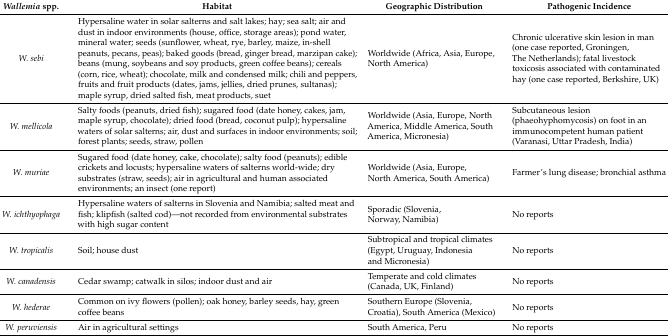
| Wallemia spp. | Habitat | Geographic Distribution | Pathogenic Incidence |
 | --- | --- | --- | --- |
 | W. sebi | Hypersaline water in solar salterns and salt lakes; hay; sea salt; air and dust in indoor environments (house, office, storage areas); pond water, mineral water; seeds (sunflower, wheat, rye, barley, maize, in-shell peanuts, pecans, peas); baked goods (bread, ginger bread, marzipan cake); beans (mung, soybeans and soy products, green coffee beans); cereals (corn, rice, wheat); chocolate, milk and condensed milk; chili and peppers, fruits and fruit products (dates, jams, jellies, dried prunes, sultanas); maple syrup, dried salted fish, meat products, suet | Worldwide (Africa, Asia, Europe, North America) | Chronic ulcerative skin lesion in man (one case reported, Groningen, The Netherlands); fatal livestock toxicosis associated with contaminated hay (one case reported, Berkshire, UK) |
 | W. mellicola | Salty foods (peanuts, dried fish); sugared food (date honey, cakes, jam, maple syrup, chocolate); dried food (bread, coconut pulp); hypersaline waters of solar salterns; air, dust and surfaces in indoor environments; soil; forest plants; seeds, straw, pollen | Worldwide (Asia, Europe, North America, Middle America, South America, Micronesia) | Subcutaneous lesion (phaeohyphomycosis) on foot in an immunocompetent human patient (Varanasi, Uttar Pradesh, India) |
 | W. muriae | Sugared food (date honey, cake, chocolate); salty food (peanuts); edible crickets and locusts; hypersaline waters of salterns world-wide; dry substrates (straw, seeds); air in agricultural and human associated environments; an insect (one report) | Worldwide (Asia, Europe, North America, South America) | Farmer’s lung disease; bronchial asthma |
 | W. ichthyophaga | Hypersaline waters of salterns in Slovenia and Namibia; salted meat and fish; klipfish (salted cod)—not recorded from environmental substrates with high sugar content | Sporadic (Slovenia, Norway, Namibia) | No reports |
 | W. tropicalis | Soil; house dust | Subtropical and tropical climates (Egypt, Uruguay, Indonesia and Micronesia) | No reports |
 | W. canadensis | Cedar swamp; catwalk in silos; indoor dust and air | Temperate and cold climates (Canada, UK, Finland) | No reports |
 | W. hederae | Common on ivy flowers (pollen); oak honey, barley seeds, hay, green coffee beans | Southern Europe (Slovenia, Croatia), South America (Mexico) | No reports |
 | W. peruviensis | Air in agricultural settings | South America, Peru | No reports |